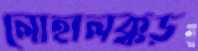
লোহালক্কড়